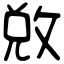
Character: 敚